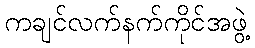
ကချင်လက်နက်ကိုင်အဖွဲ့